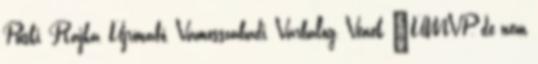
Püski, Rajka, Újrónafő, Vámosszabadi, Várbalog, Vének ▪ÚMVP, de nem